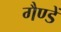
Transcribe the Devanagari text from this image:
गैण्डें